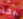
بها